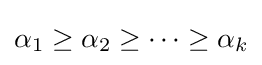
\alpha _{1}\geq \alpha _{2}\geq \cdots \geq \alpha _{k}